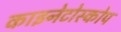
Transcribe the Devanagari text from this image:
काइनेटोस्कोप